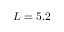
L = 5 . 2